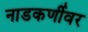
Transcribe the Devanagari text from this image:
नाडकर्णीवर